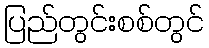
ပြည်တွင်းစစ်တွင်